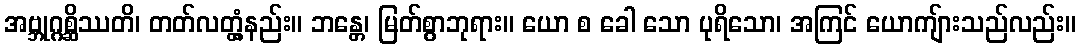
အဗ္ဘုဂ္ဂစ္ဆိဿတိ၊ တတ်လတ္တံ့နည်း။ ဘန္တေ၊ မြတ်စွာဘုရား။ ယော စ ခေါ သော ပုရိသော၊ အကြင် ယောကျ်ားသည်လည်း။